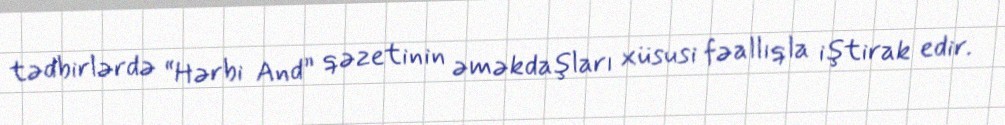
tədbirlərdə “Hərbi And” qəzetinin əməkdaşları xüsusi fəallıqla iştirak edir.